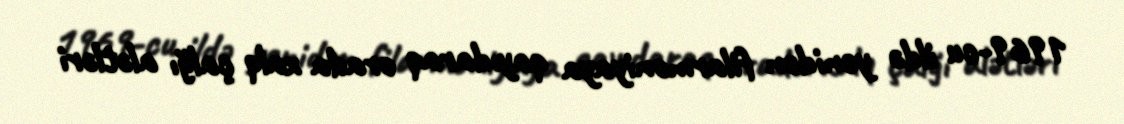
1969-cu ildə yenidən filarmoniyaya qayıdaraq orada xalq çalğı alətləri